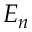
E _ { n }